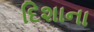
દિશાના